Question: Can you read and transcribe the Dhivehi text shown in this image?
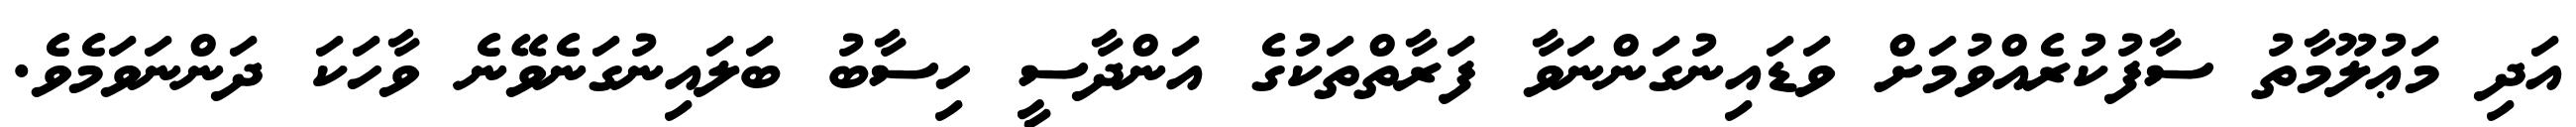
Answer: އަދި މަޢުލޫމާތު ސާފުކުރެއްވުމަށް ވަޑައިނުގަންނަވާ ފަރާތްތަކުގެ އަންދާސީ ހިސާބު ބަލައިނުގަނެވޭނެ ވާހަކަ ދަންނަވަމެވެ.